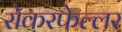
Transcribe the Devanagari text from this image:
रोकरफेल्लर